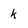
Character: k